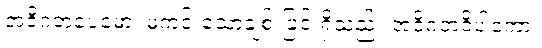
အဝိဂတပေမော၊ မကင်းသောချစ်းခြင်းရှိသည်။ အဝိဂတဝိပါကော၊